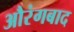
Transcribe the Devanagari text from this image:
औरंगबाद